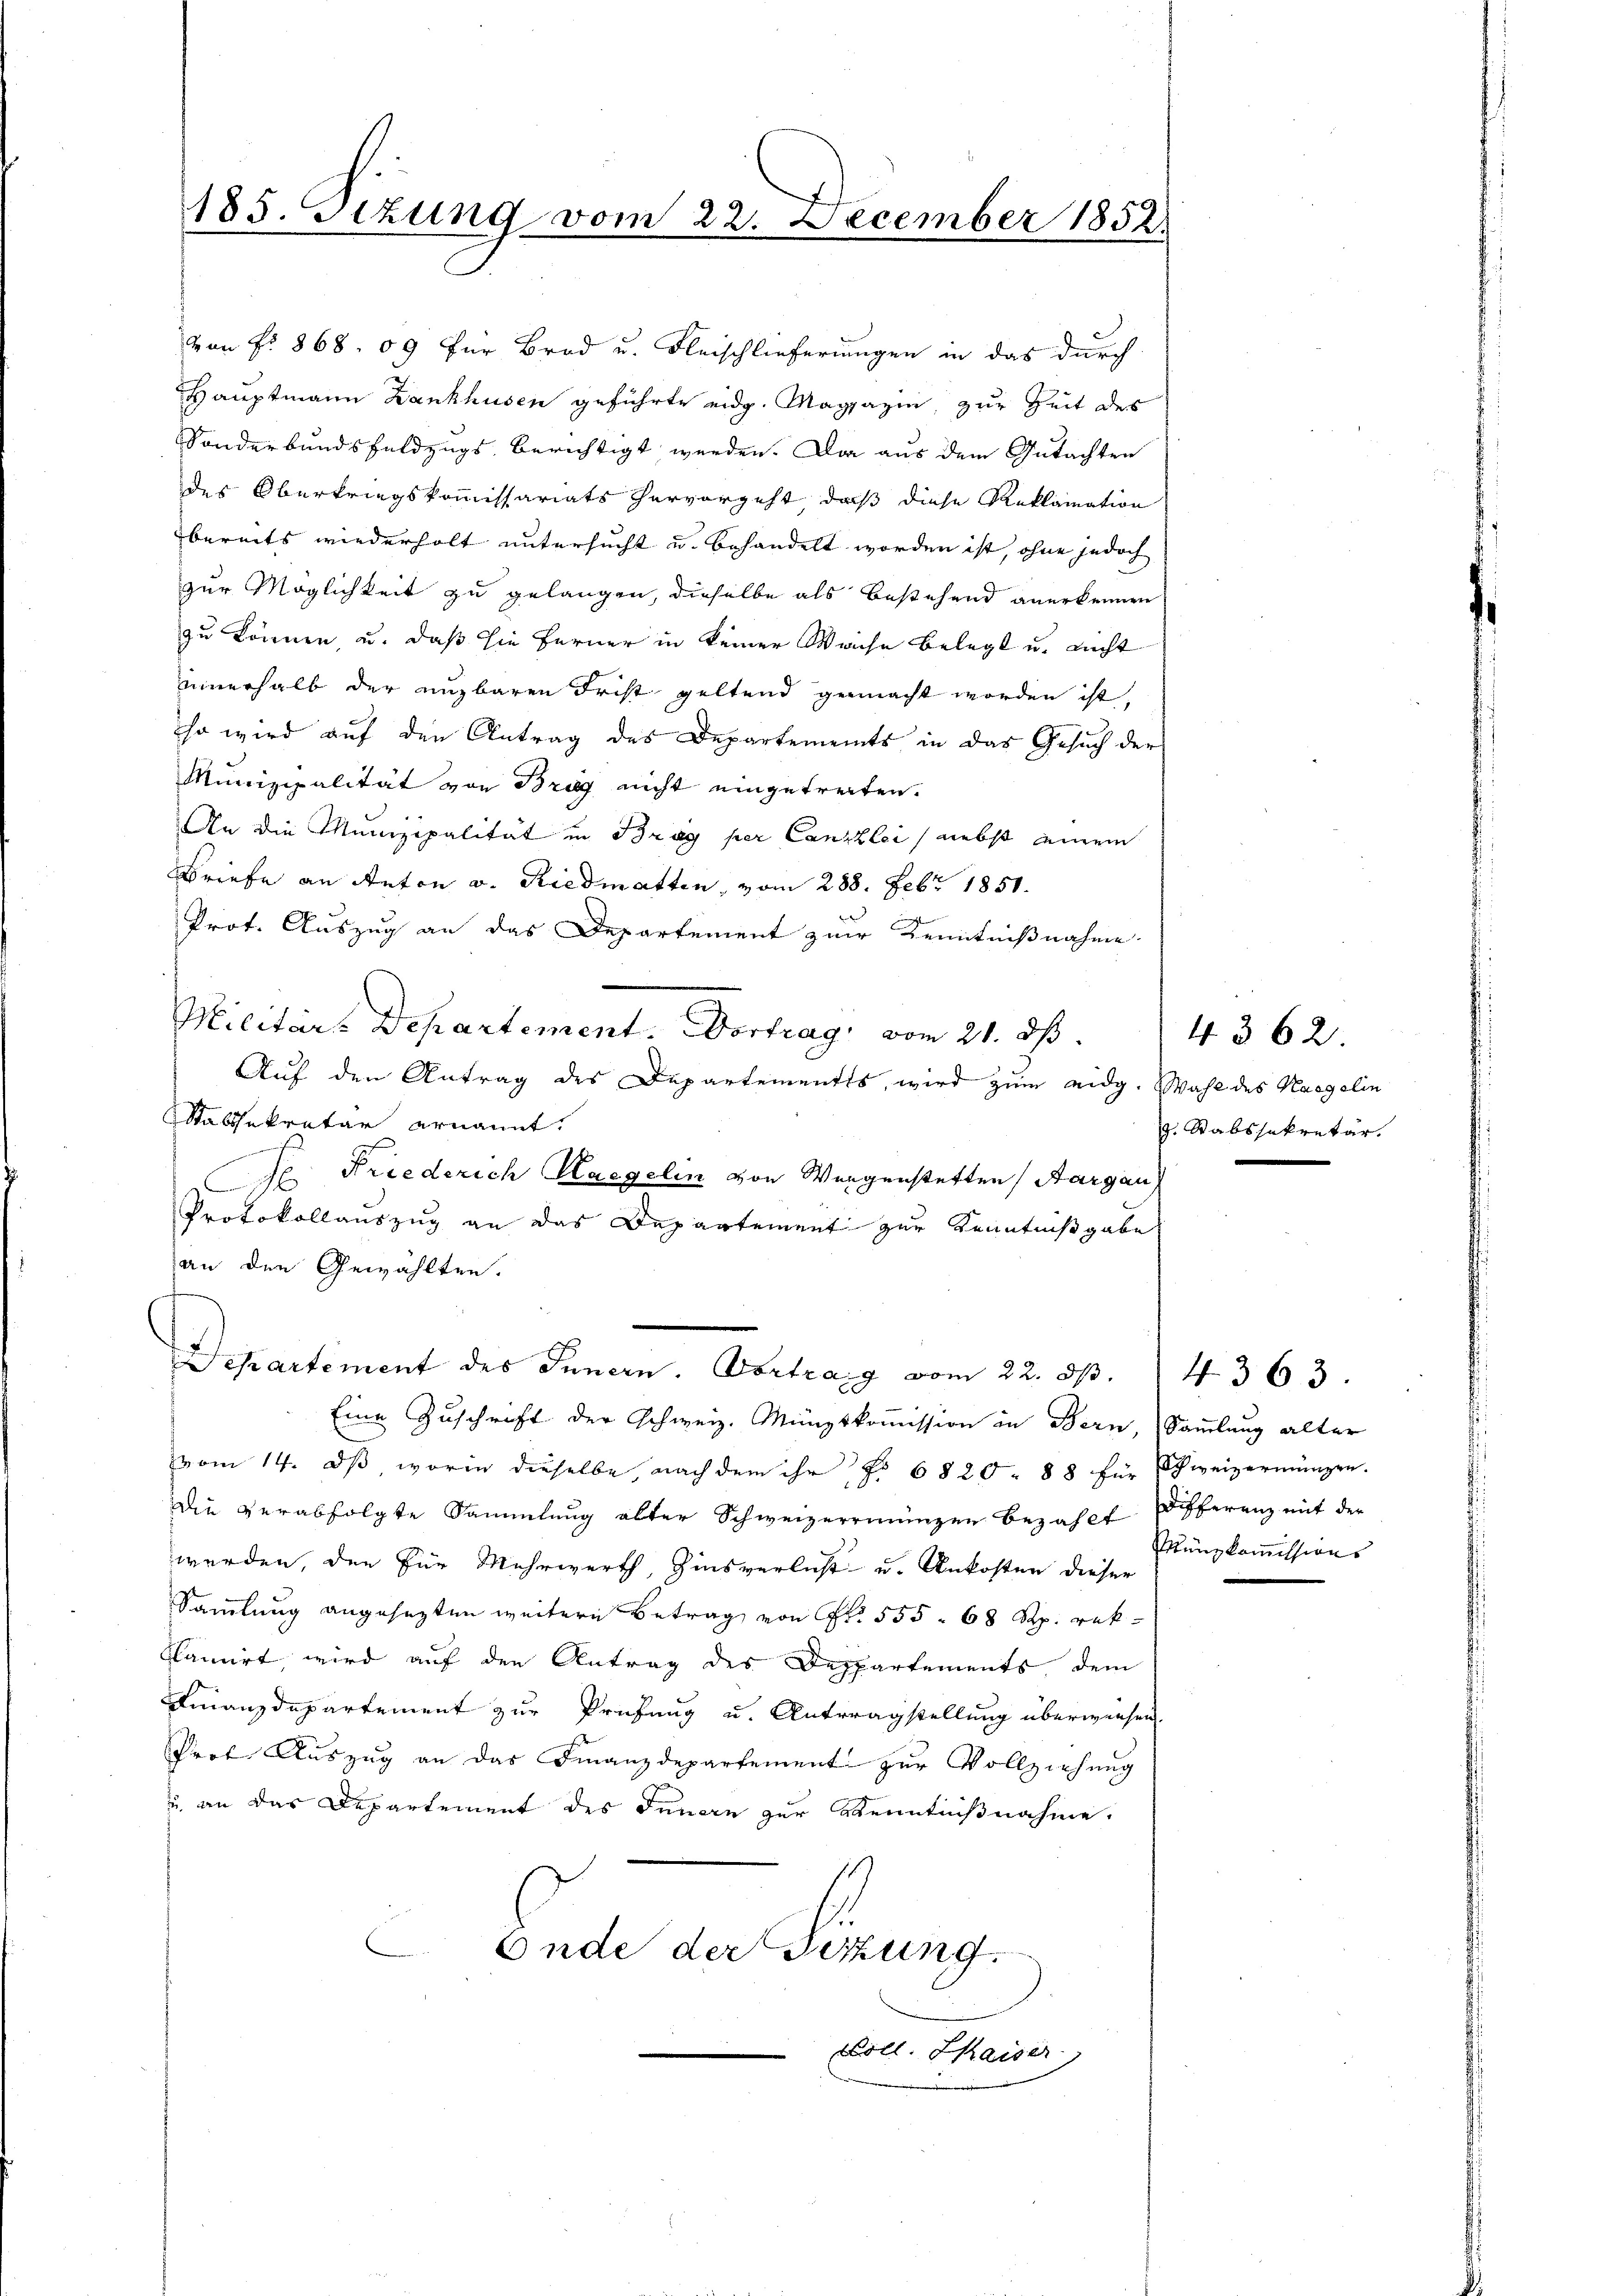
Prot. Auszug an das Departement zur Kenntnißnahme
Militärs Departement. Vortrag, vom 21. dß.
Auf den Antrag des Departementes, wird zum eidg. Wahl des Mangelin
Stabssekretär ernannt.
.
Je Friederich Haggelin von Wergenstetten, Aargau
Protokollauszug an das Departement zur Kenntnißgabe
an den Gewählten.

185. Stzung vom 22. December 1852.

von No 868. 09 für Brod u. Fleischlieferungen in das durch
Hauptmann Dankhusen geführte eidg. Magazin, zur Zeit des
Sonderbandsfeldzugs berichtigt werden. Da aus dem Gutachten
des Oberkriegskommissariats hervorgeht, daß diese Reklamation
bereits wiederholt untersucht u. behandelt worden ist, ohne jedoch
zur Möglichkeit zu gelangen, dieselbe als bestehend anerkennen
zu können, u. daß sie ferner in keiner Weiche belegt u. nicht
ennerhalb der eizbaren Frist geltend gemacht worden ist,
so wird auf den Antrag des Departements in das Gesuch der
Munizipalität von Brig nicht eingetreiten.
An die Munizipalität in Bray per Canzlei, nebst einem
Briefe an Anton v. Riedmatten, vom 288. Febr. 1851.

Departement des Innern. Vortrag vom 22. ds.

Eine Zuschrift der Schweiz. Münzskommission in Bern, Sammlung alter
vom 14. ds, worin dieselbe, nach dem ihr No 6820. 88 für Schweizermangen.
Die verabfolgte Sammlung alter Schweizerringen bezahlt differenz mit der
werden, den für Mehrwerth, Zinsverlust u. Ankosten dieser
Samlung angesezten weitere Betrag von Fr. 555. 68 Rp. rekflamirt, wird auf den Antrag des Departements dem
Finanzdepartement zur Prüfung u. Antragstellung überwiesen.
Prof. Auszug an das Finanzdepartement zur Vollziehung
u. an das Departement des Innern zur Kenntnißnahme.
Ende der Sitzung.
Loll. Kaiser

4362
8. Stabssekretär.

4363.
Münzkommissions